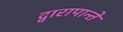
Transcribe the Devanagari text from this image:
द्वारापान्ते